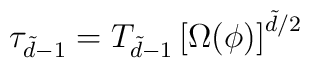
\tau_{\tilde d -1} = T_{\tilde d -1} \left [ \Omega(\phi) \right ]^{\tilde d/2}